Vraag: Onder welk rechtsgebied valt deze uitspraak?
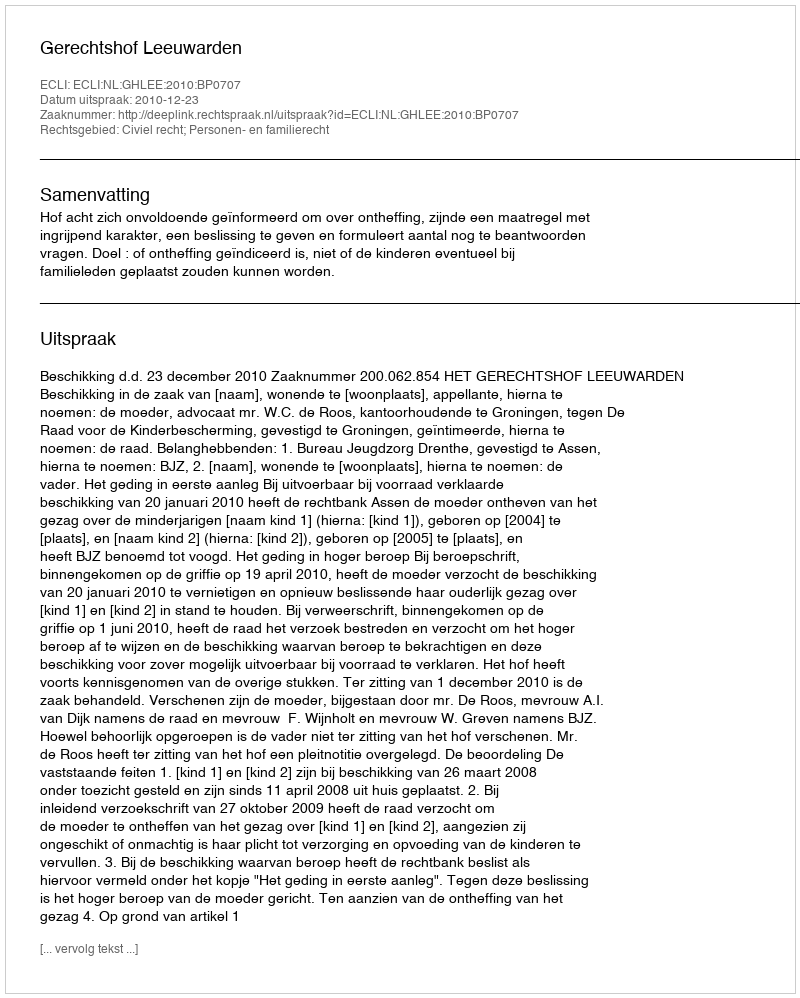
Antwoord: Civiel recht; Personen- en familierecht